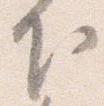
下